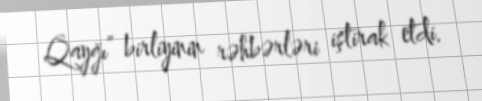
Qayğı” birliyinin rəhbərləri iştirak etdi.